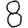
Digit: 8